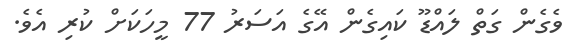
ވެގެން ގަތް ލައްޑޫ ކައިގެން އޭގެ އަސަރު 77 މީހަކަށް ކުރި އެވެ.